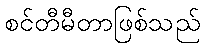
စင်တီမီတာဖြစ်သည်